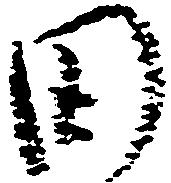
田